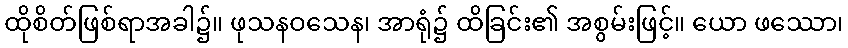
ထိုစိတ်ဖြစ်ရာအခါ၌။ ဖုသနဝသေန၊ အာရုံ၌ ထိခြင်း၏ အစွမ်းဖြင့်။ ယော ဖဿော၊